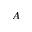
A